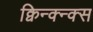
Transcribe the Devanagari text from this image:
क्विन्क्न्क्स